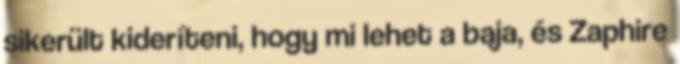
sikerült kideríteni, hogy mi lehet a baja, és Zaphire